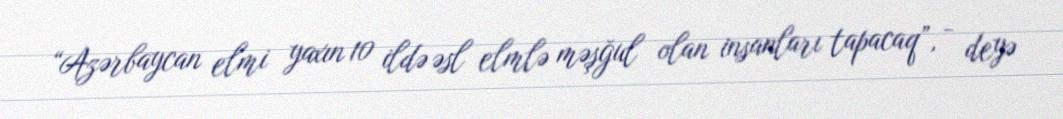
“Azərbaycan elmi yaxın 10 ildə əsl elmlə məşğul olan insanları tapacaq”, - deyə